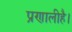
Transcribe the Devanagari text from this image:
प्रणालीहै।